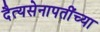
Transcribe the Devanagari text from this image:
दैत्यसेनापतींच्या